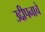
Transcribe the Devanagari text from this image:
उद्दीपनाचे